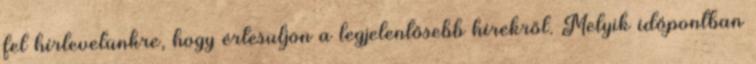
fel hírlevelünkre, hogy értesüljön a legjelentősebb hírekről. Melyik időpontban